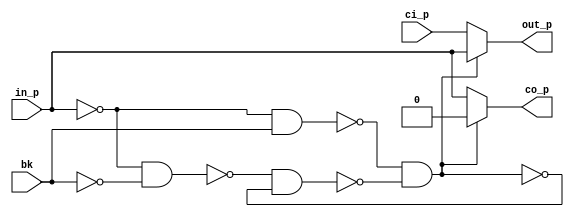
// SPDX-License-Identifier: Apache-2.0
// Copyright (C) 2019 Intel Corporation. 
// Library - aibcr3_lib, Cell - aibcr3_dlycell_dcc, View - schematic
// LAST TIME SAVED: Aug  6 23:29:22 2016
// NETLIST TIME: Aug 17 15:46:58 2016
`timescale 1ps / 1ps 

module aibcr3_dlycell_dcc ( co_p, out_p, bk, ci_p, in_p );

`ifdef TIMESCALE_EN
                timeunit 1ps;
                timeprecision 1ps;
`endif

output  co_p, out_p;

input  bk, ci_p, in_p;

wire bkbl;

parameter   BUF_DELAY = 20;

assign net0150 = ~in_p;
assign bkb     = ! bk;
assign net0173 = ! (net0150 & bk);
assign net0174 = ! (net0150 & bkb);
assign bkl     = ! (net0173 & bkbl);
assign bkbl    = ! (net0174 & bkl);

assign #BUF_DELAY co_p = bkl? in_p : 1'b0;
assign #BUF_DELAY out_p = bkl? ci_p : in_p;

endmodule